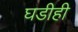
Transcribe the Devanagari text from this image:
घडीही